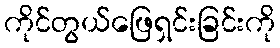
ကိုင်တွယ်ဖြေရှင်းခြင်းကို